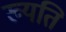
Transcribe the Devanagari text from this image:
ख्यति